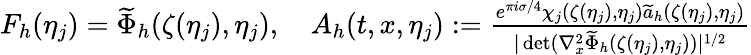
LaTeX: \begin{array}{r}{F_{h}(\eta_{j})=\widetilde{\Phi}_{h}(\zeta(\eta_{j}),\eta_{j}),\quad A_{h}(t,x,\eta_{j}):=\frac{e^{\pi i\sigma/4}\chi_{j}(\zeta(\eta_{j}),\eta_{j})\widetilde{a}_{h}(\zeta(\eta_{j}),\eta_{j})}{|\operatorname*{det}(\nabla_{x}^{2}\widetilde{\Phi}_{h}(\zeta(\eta_{j}),\eta_{j}))|^{1/2}}}\end{array}